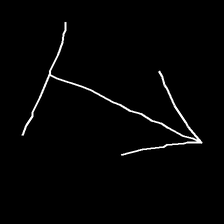
Glyph: levitation